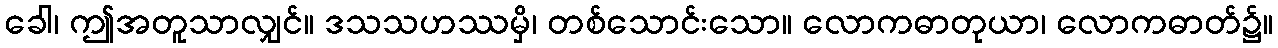
ခေါ၊ ဤအတူသာလျှင်။ ဒသသဟဿမှိ၊ တစ်သောင်းသော။ လောကဓာတုယာ၊ လောကဓာတ်၌။